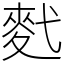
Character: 䴬